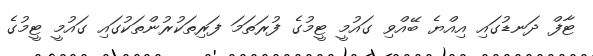
ޓާފް ދަނޑުގައި އިއްޔެ ބޭއްވި ގައުމީ ޓީމުގެ ފުރަތަމަ ފަރިތަކުރުންތަކުގައި ގައުމީ ޓީމުގެ